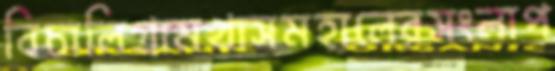
বিচালিগ্রামখাসমহালেরসংলাপ